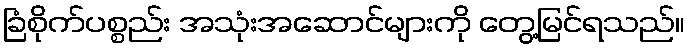
ခြံစိုက်ပစ္စည်း အသုံးအဆောင်များကို တွေ့မြင်ရသည်။